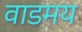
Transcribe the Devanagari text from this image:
वाडमय